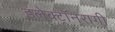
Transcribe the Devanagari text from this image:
इलेक्ट्रॉनरागी